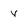
Character: y